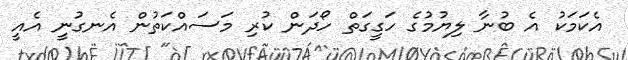
އެކަމަކު އެ ބުނާ ލިޔުމުގެ ހަގީގަތް ހޯދަން ކުރި މަސައްކަތުން އެނގުނީ އެއީ